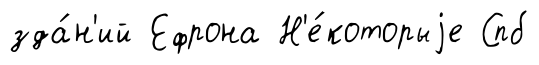
зда́н'ий Ефрона Н'е́которыjе Спб